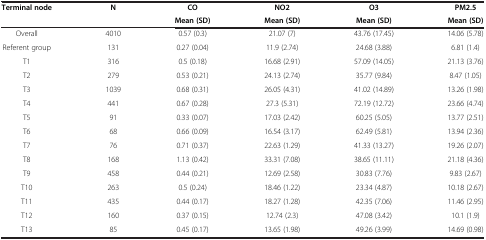
| Terminal node | N | CO | NO2 | O3 | PM2.5 |
 |  |  | Mean (SD) | Mean (SD) | Mean (SD) | Mean (SD) |
 | --- | --- | --- | --- | --- | --- |
 | Overall | 4010 | 0.57 (0.3) | 21.07 (7) | 43.76 (17.45) | 14.06 (5.78) |
 | Referent group | 131 | 0.27 (0.04) | 11.9 (2.74) | 24.68 (3.88) | 6.81 (1.4) |
 | T1 | 316 | 0.5 (0.18) | 16.68 (2.91) | 57.09 (14.05) | 21.13 (3.76) |
 | T2 | 279 | 0.53 (0.21) | 24.13 (2.74) | 35.77 (9.84) | 8.47 (1.05) |
 | T3 | 1039 | 0.68 (0.31) | 26.05 (4.31) | 41.02 (14.89) | 13.26 (1.98) |
 | T4 | 441 | 0.67 (0.28) | 27.3 (5.31) | 72.19 (12.72) | 23.66 (4.74) |
 | T5 | 91 | 0.33 (0.07) | 17.03 (2.42) | 60.25 (5.05) | 13.77 (2.51) |
 | T6 | 68 | 0.66 (0.09) | 16.54 (3.17) | 62.49 (5.81) | 13.94 (2.36) |
 | T7 | 76 | 0.71 (0.37) | 22.63 (1.29) | 41.33 (13.27) | 19.26 (2.07) |
 | T8 | 168 | 1.13 (0.42) | 33.31 (7.08) | 38.65 (11.11) | 21.18 (4.36) |
 | T9 | 458 | 0.44 (0.21) | 12.69 (2.58) | 30.83 (7.76) | 9.83 (2.67) |
 | T10 | 263 | 0.5 (0.24) | 18.46 (1.22) | 23.34 (4.87) | 10.18 (2.67) |
 | T11 | 435 | 0.44 (0.17) | 18.27 (1.28) | 42.35 (7.06) | 11.46 (2.95) |
 | T12 | 160 | 0.37 (0.15) | 12.74 (2.3) | 47.08 (3.42) | 10.1 (1.9) |
 | T13 | 85 | 0.45 (0.17) | 13.65 (1.98) | 49.26 (3.99) | 14.69 (0.98) |